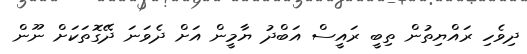
ދިވެހި ރައްޔިތުން ތިބީ ރައީސް އަބްދު ޔާމީން އަށް ދެވަނަ ދޭގޮތަކަށް ނޫން